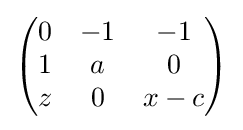
{\begin{pmatrix}0&-1&-1\\1&a&0\\z&0&x-c\\\end{pmatrix}}